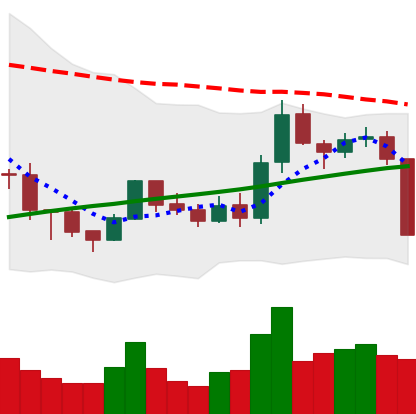
Ticker: BNB-USD
Chart end date: 2019-08-14
Forward return: 6.284%
Label: up_5_7